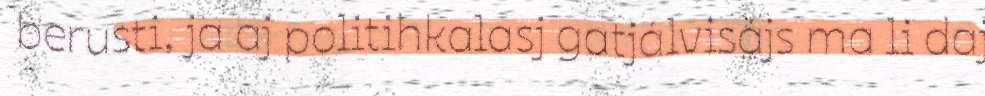
berusti, ja aj politihkalasj gatjálvisájs ma li daj